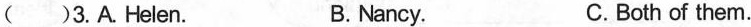
( )3.A.Helen. B.Nancy. C.Both of them.